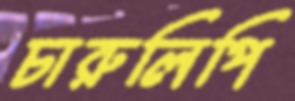
চারুলিপি